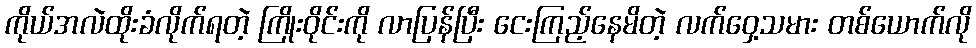
ကိုယ်အလဲထိုးခံလိုက်ရတဲ့ ကြိုးဝိုင်းကို လာပြန်ပြီး ငေးကြည့်နေမိတဲ့ လက်ဝှေ့သမား တစ်ယောက်လို